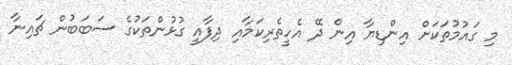
މި ގައުމުތަކަށް އިންޑިޔާ އިން ދޭ އެހީތެރިކަމާއި ދިފާއީ ގުޅުންތަކުގެ ސަބަބުން ޗައިނާ